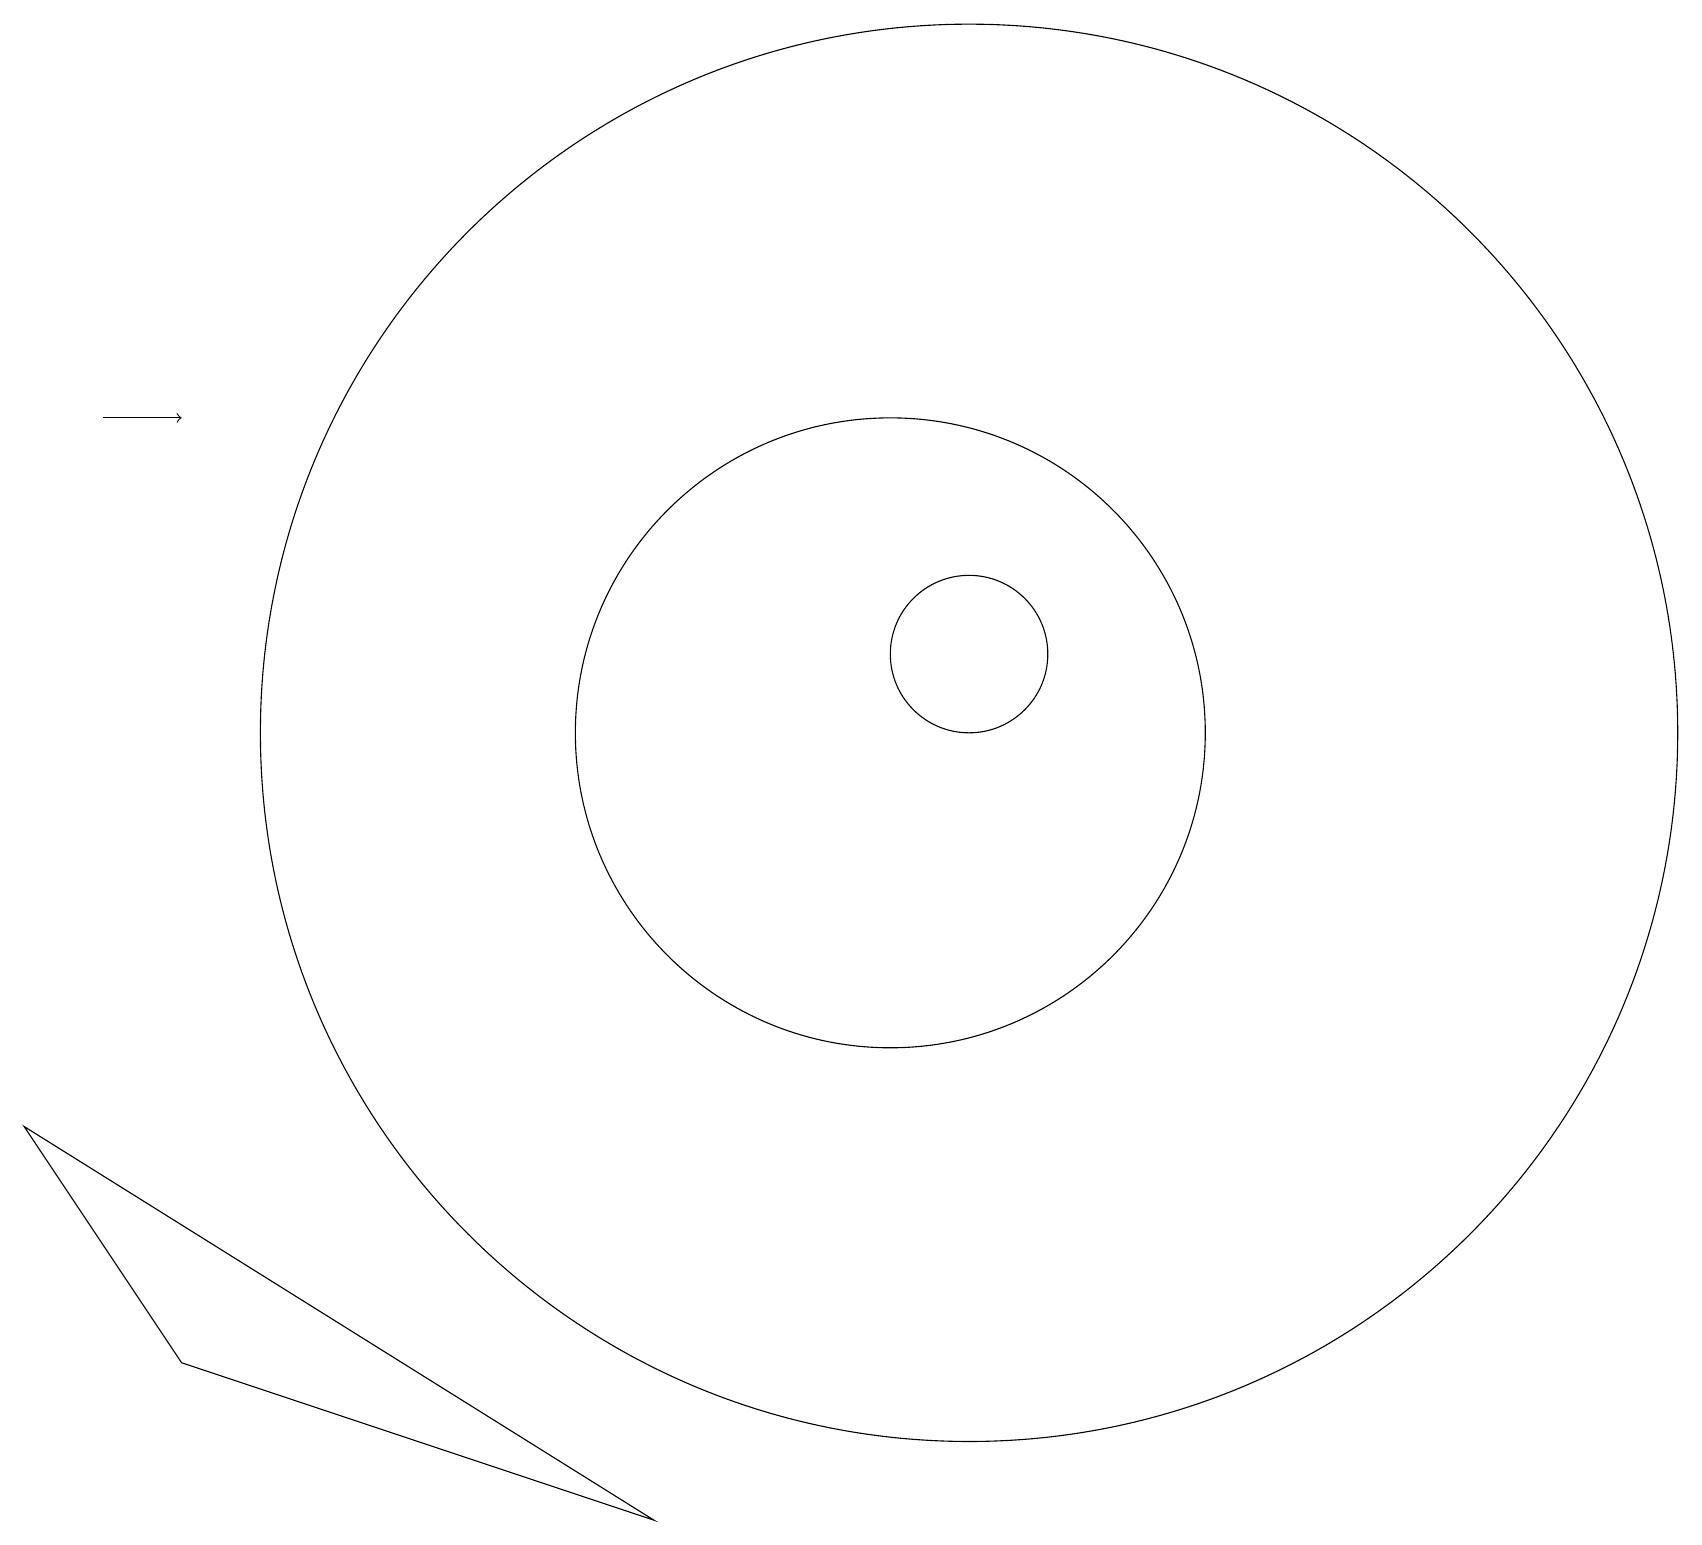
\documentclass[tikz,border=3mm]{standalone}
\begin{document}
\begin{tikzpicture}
\draw (11,11) circle (4);
\draw[->] (1,15) -- (2,15);
\draw (12,11) circle (9);
\draw (12,12) circle (1);
\draw (0,6) -- (2,3) -- (8,1) -- cycle;
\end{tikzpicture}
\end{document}